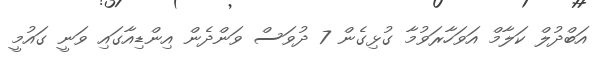
އަބްދުލް ކަލާމް އަވަހާރަވުމާ ގުޅިގެން 7 ދުވަސް ވަންދެން އިންޑިއާގައި ވަނީ ގައުމީ